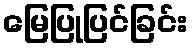
မြေပြုပြင်ခြင်း